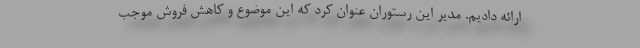
ارائه دادیم. مدیر این رستوران عنوان کرد که این موضوع و کاهش فروش موجب